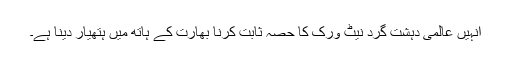
انہیں عالمی دہشت گرد نیٹ ورک کا حصہ ثابت کرنا بھارت کے ہاتھ میں ہتھیار دینا ہے۔